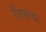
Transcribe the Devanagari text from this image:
जिनांचा